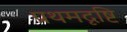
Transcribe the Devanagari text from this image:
प्रथमदृष्टि